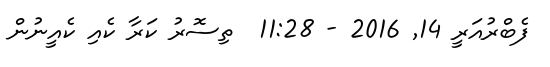
ފެބްރުއަރީ 14